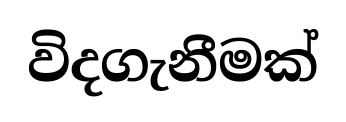
විදගැනීමක්